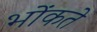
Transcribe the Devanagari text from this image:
भोंकते